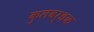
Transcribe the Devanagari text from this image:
कुलवर्धक